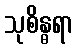
သုစိန္ဓရာ